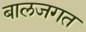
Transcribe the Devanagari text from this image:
बालजगत